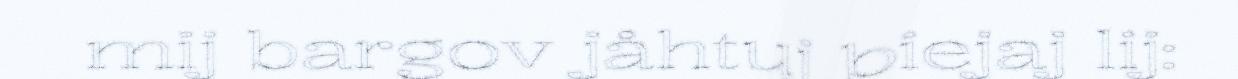
mij bargov jåhtuj biejaj lij: